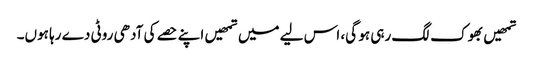
تمھیں بھوک لگ رہی ہو گی، اس لیے میں تمھیں اپنے حصے کی آدھی روٹی دے رہا ہوں۔